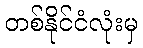
တစ်နိုင်ငံလုံးမှ